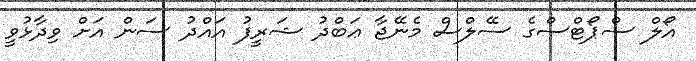
އޯލް ސްޕޯޓްސްގެ ސޭލްސް މެނޭޖާ ޢަބްދު ޝަރީފު އައްދު ސަން އަށް ވިދާޅުވީ